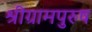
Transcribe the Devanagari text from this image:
श्रीग्रामपुरुष